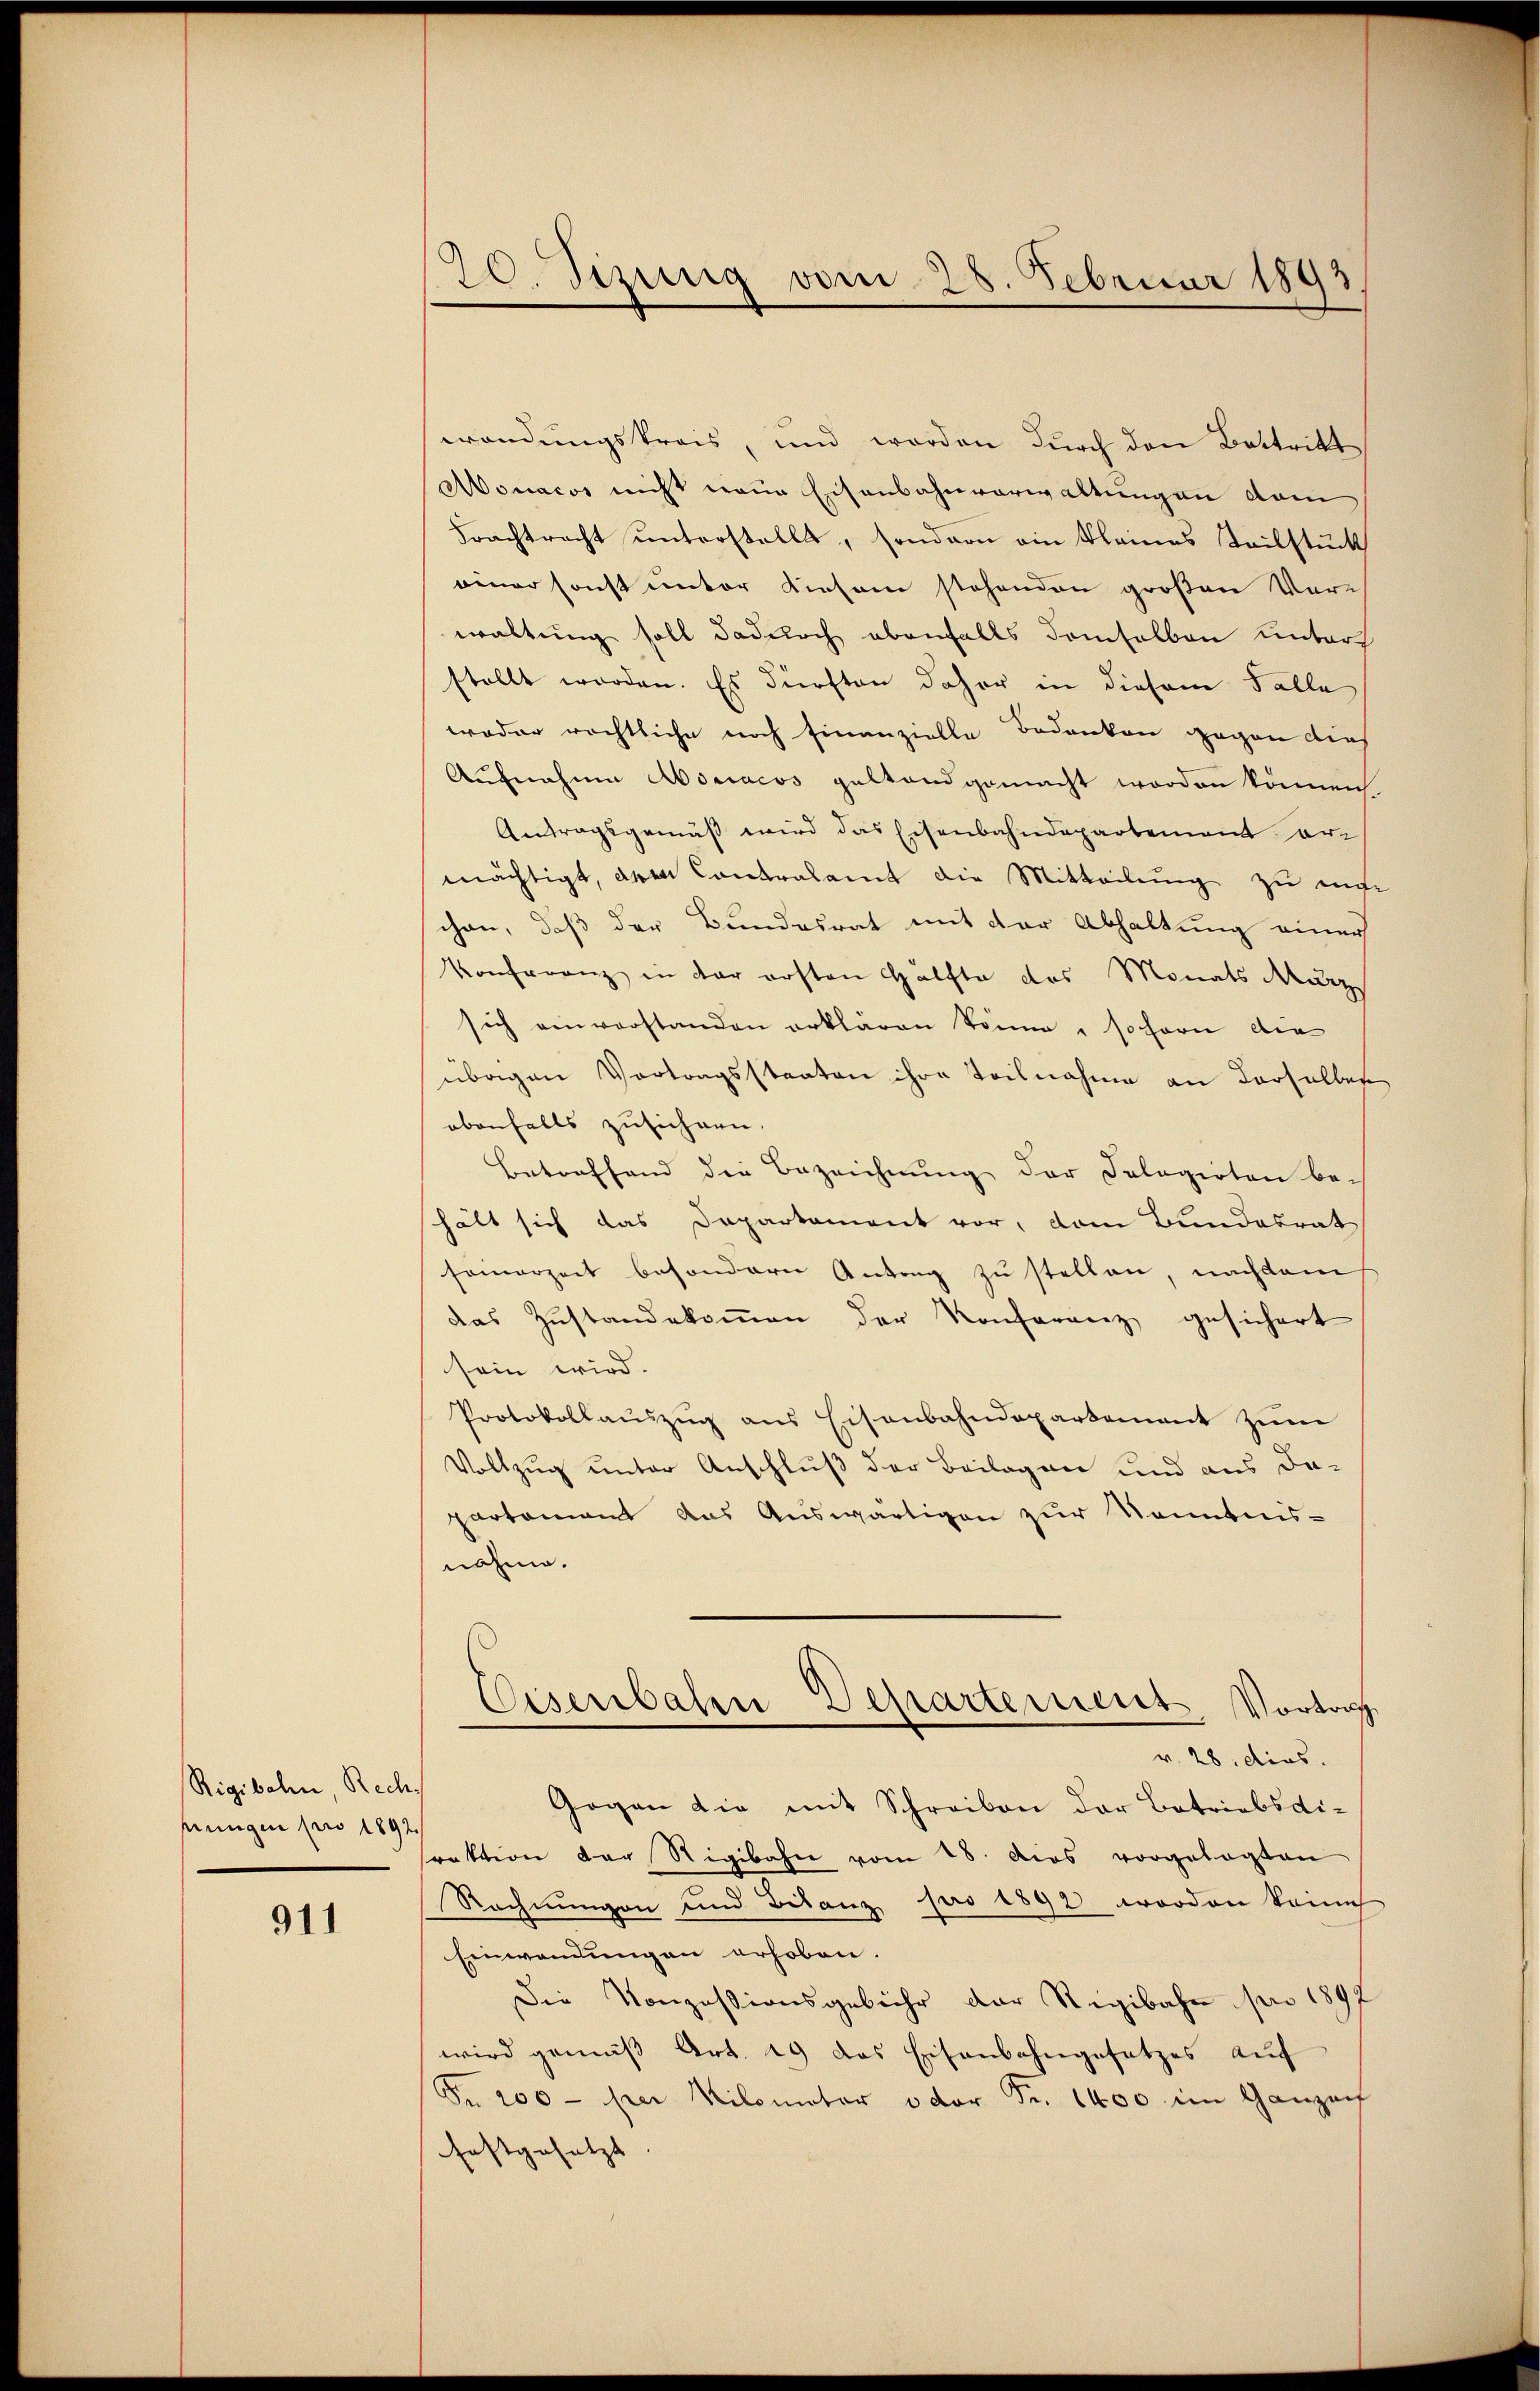
Rigibahn Rechhrungen pro 1892.

911

wendungskreis, und werden durch den Battritt
Aonacos nicht neue Eisenbahnverwaltungen dem
Frachtracht unterstellt, sondern ein kleines Teilstück
einer sonst unter Kiesem stehenden großen Vere
waltung soll dadurch ebenfalls demselben unters
stellt worden. Es dürften daher in diesem Falle
weder rächtliche noch finanzielle Bedanken gegen dies
Aufnahme Absciacos geltand gemacht worden können.
Antragsgemäß wird das Eisenbahndepartement ermächtigt, dem Contralamt die Mitteilung zu mit
chen, daß der Bundesrat mit der Abhaltung einer
Konferenz in der ersten Hälfte des Monats März
sich einverstanden erklären könne, sofern die
übrigen Vortragsstaaten ihre Teilnahme an derselber
ebenfalls zusichern.
Betreffend die Bezeichnung der Sologirten bei
hält sich das Dapartement vor, dem Bundesrat
seinerzeit besondern Antrag zu stellen, nachdem
das Zustandekoṁen der Konferenz gesichert
sein wird. |
Protokollauszug aus Eisenbahndepartement zum
Vollzug unter Anschluß der Beilagen und aus dapartamant das Auswärtigen zur Kenntnisnahme.
Eisenbahn Departement Vortrag
v. 28. dies
Gegen die mit Schreiben der Betriebsdiraktion der Rigibahn vom 28. dies vorgelegten
Rechnungen und Bilanz pro 1892 worden keine
Einwendungen erhoben.
Die Konzessionsgebühr der Regibahn pro 1897
wird gemäß Art. 29 das Eisenbahngesetzes auf
Fr. 200 - per Kilometer oder Fr. 1400 im Ganzenf
festgesetzt

20. Sizung vom 28. Februar 1893